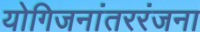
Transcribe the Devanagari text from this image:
योगिजनांतररंजना